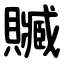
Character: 贓